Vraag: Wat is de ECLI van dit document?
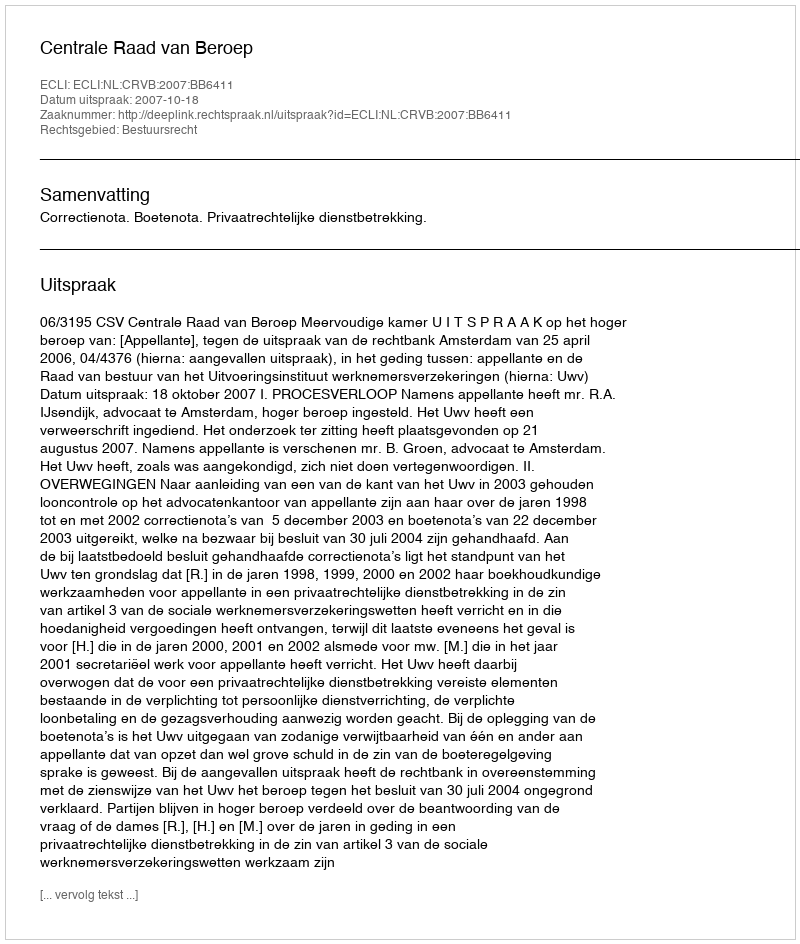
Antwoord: ECLI:NL:CRVB:2007:BB6411